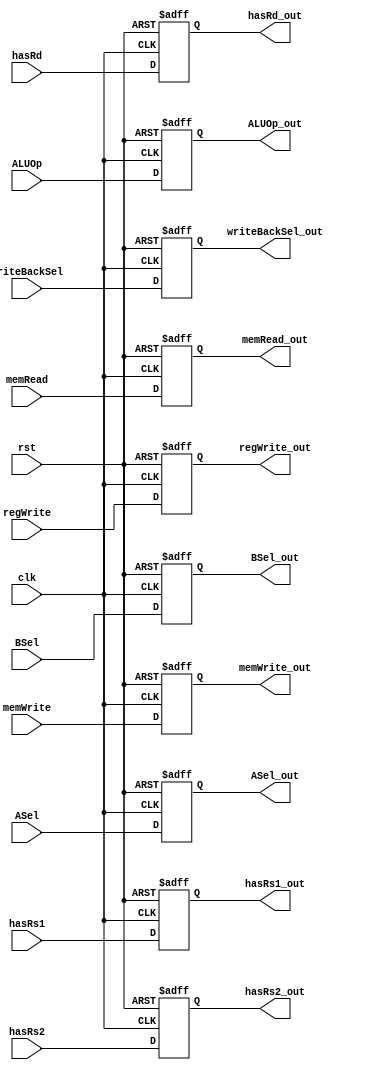
module PipRegCtl (
    input wire clk,
    input wire rst,
    
    input memRead,
    input memWrite,
    input [1:0] ASel,
    input [1:0] BSel,
    input [1:0] ALUOp,
    input regWrite,
    input [1:0] writeBackSel,
    input hasRs1,
    input hasRs2,
    input hasRd,

    output reg memRead_out,
    output reg memWrite_out,
    output reg [1:0] ASel_out,
    output reg [1:0] BSel_out,
    output reg [1:0] ALUOp_out,
    output reg regWrite_out,
    output reg [1:0] writeBackSel_out,
    output reg hasRs1_out,
    output reg hasRs2_out,
    output reg hasRd_out
);
    always @(posedge clk, negedge rst) begin
        if (!rst) begin
            memRead_out <= 1'b0;
            memWrite_out <= 1'b0;
            ASel_out <= 2'b00;
            BSel_out <= 2'b00;
            ALUOp_out <= 2'b00;
            regWrite_out <= 1'b0;
            writeBackSel_out <= 2'b00;
            hasRs1_out <= 1'b0;
            hasRs2_out <= 1'b0;
            hasRd_out <= 1'b0;
        end else begin 
            memRead_out <= memRead;
            memWrite_out <= memWrite;
            ASel_out <= ASel;
            BSel_out <= BSel;
            ALUOp_out <= ALUOp;
            regWrite_out <= regWrite;
            writeBackSel_out <= writeBackSel;
            hasRs1_out <= hasRs1;
            hasRs2_out <= hasRs2;
            hasRd_out <= hasRd;
        end
    end

endmodule